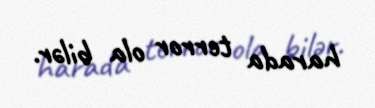
harada terror ola bilər.